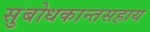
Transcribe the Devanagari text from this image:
सुबोधकान्तसहाय